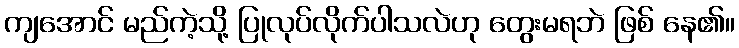
ကျအောင် မည်ကဲ့သို့ ပြုလုပ်လိုက်ပါသလဲဟု တွေးမရဘဲ ဖြစ် နေ၏။